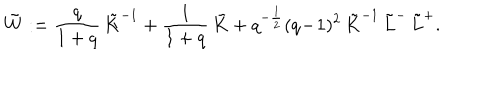
LaTeX: \tilde { W } : = \frac q { 1 + q } \, \tilde { K } ^ { - 1 } + \frac 1 { 1 + q } \, \tilde { K } + q ^ { - \frac 1 2 } ( q \! - \! 1 ) ^ { 2 } \, \tilde { K } ^ { - 1 } \, \tilde { L } ^ { - } \, \tilde { L } ^ { + } .